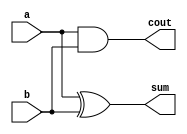
// This program was cloned from: https://github.com/JeffDeCola/my-verilog-examples
// License: MIT License

// A 2-bit half adder

module half_adder_gate(
    input       a,           // Data
    input       b,           // Data
    output      sum,         // Sum of a + b
    output      cout);       // Carry out


    // GATE PRIMITIVE
    xor         xor1(sum, a, b);
    and         and1(cout, a, b);

endmodule

module half_adder_dataflow(
    input       a,           // Data
    input       b,           // Data
    output      sum,         // Sum of a + b
    output      cout);       // Carry out

    // CONTINUOUS ASSIGNMENT STATEMENT
    assign sum  = a ^ b;
    assign cout = a & b;

endmodule

module half_adder_behavioral(
    input       a,           // Data
    input       b,           // Data
    output reg  sum,         // Sum of a + b
    output reg  cout);       // Carry out

    // ALWAYS BLOCK with NON-BLOCKING PROCEDURAL ASSIGNMENT STATEMENT
    always @ ( a or b) begin
        {cout, sum} <= a + b;
    end

endmodule